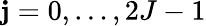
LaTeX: \mathbf{j}=0,\ldots,2J-1